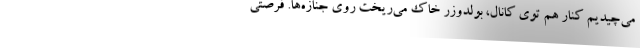
مي‌چيديم كنار هم توي كانال، بولدوزر خاك مي‌ريخت روي جنازه‌ها. فرصتي